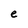
Character: e